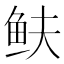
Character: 𩽺